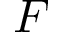
F